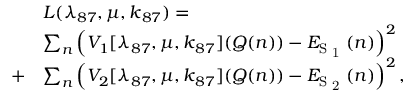
\begin{array} { r l } & { L ( \lambda _ { 8 7 } , \boldsymbol { \mu } , \boldsymbol { k } _ { 8 7 } ) = } \\ & { \sum _ { n } \left( V _ { 1 } [ \lambda _ { 8 7 } , \boldsymbol { \mu } , \boldsymbol { k } _ { 8 7 } ] ( \boldsymbol { Q } ( n ) ) - E _ { \mathrm { S \textsubscript { 1 } } } ( n ) \right) ^ { 2 } } \\ { + } & { \sum _ { n } \left( V _ { 2 } [ \lambda _ { 8 7 } , \boldsymbol { \mu } , \boldsymbol { k } _ { 8 7 } ] ( \boldsymbol { Q } ( n ) ) - E _ { \mathrm { S \textsubscript { 2 } } } ( n ) \right) ^ { 2 } , } \end{array}